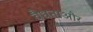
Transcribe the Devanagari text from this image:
वैधताऔर